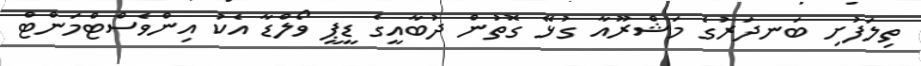
ތިލަފުށި ބަނދަރުގެ މަޝްރޫއާ ގުޅޭ ގޮތުން ދުބާއީގެ ޑީޕީ ވޯލްޑާ އެކު އިންވެސްޓްމަންޓް